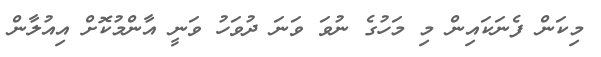
މިކަން ފެނަަކައިން މި މަހުގެ ނުވަ ވަނަ ދުވަހު ވަނީ އާންމުކޮށް އިއުލާން